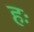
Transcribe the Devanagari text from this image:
हः